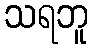
သရဘူ